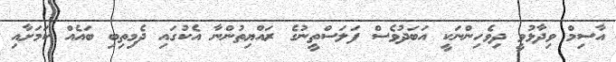
އާސިމް ވިދާޅުވީ ދިވެހިންނަކީ އަބަދުވެސް ފަލަސްތީނުގެ ރައްޔިތުންނާ އެކުގައި ދެމިތިބި ބައެއް ކަމަށާއި